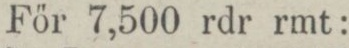
För 7,500 rdr rmt: